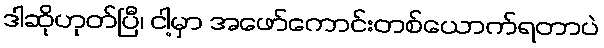
ဒါဆိုဟုတ်ပြီ၊ ငါ့မှာ အဖော်ကောင်းတစ်ယောက်ရတာပဲ